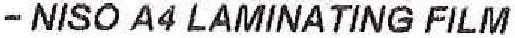
- NISO A4 LAMINATING FILM